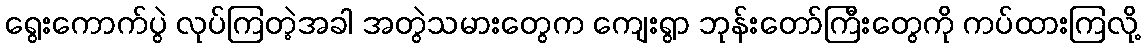
ရွေးကောက်ပွဲ လုပ်ကြတဲ့အခါ အတွဲသမားတွေက ကျေးရွာ ဘုန်းတော်ကြီးတွေကို ကပ်ထားကြလို့